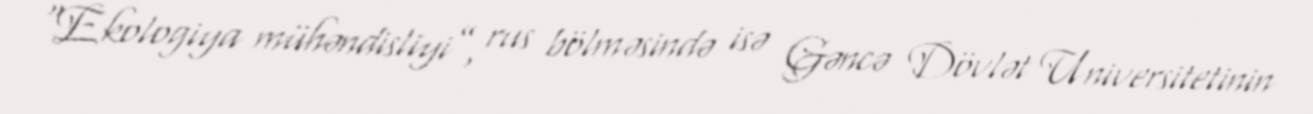
“Ekologiya mühəndisliyi”, rus bölməsində isə Gəncə Dövlət Universitetinin